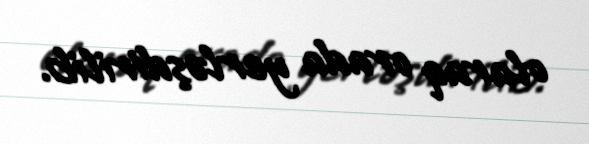
olaraq orada yerləşdirilib.